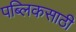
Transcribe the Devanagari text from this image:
पब्लिकसाठी